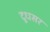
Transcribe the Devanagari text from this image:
दुधसर